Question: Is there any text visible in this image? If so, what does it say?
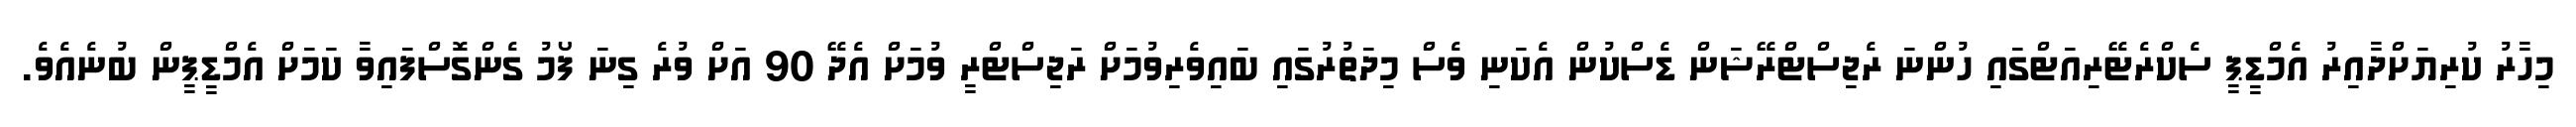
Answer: މިހާރު ކުރިޔަށްދާއިރު އެމްޑީޕީ ސެކްރެޓޭރިއަޓްގައި ހުންނަ ރެޖިސްޓްރޭޝަން ޑެސްކުން އެކަނި ވެސް މިދަތުރުގައި ބައިވެރިވުމަށް ރަޖިސްޓްރީ ވުމަށް އެދޭ 90 އަށް ވުރެ ގިނަ ފޯމު ގެންގޮސްފައިވާ ކަމަށް އެމްޑީޕީން ބުނެއެވެ.